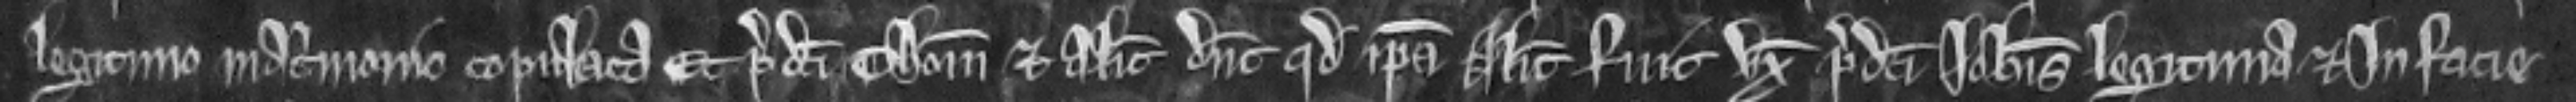
legitimo matrimonio copulata Et predicti Thomas et Alicia dicunt quod ipsa Alicia fuit uxor predicti Johannis legitima et In facie